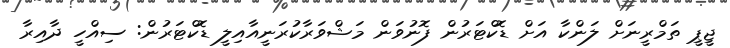
ޖީޕީ ތަމްރީނަށް ލަންކާ އަށް ޑޮކްޓަރުން ފޮނުވަން މަޝްވަރާކުރަނީއާއިލީ ޑޮކްޓަރުން: ސިއްހީ ދާއިރާ